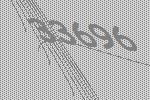
33696